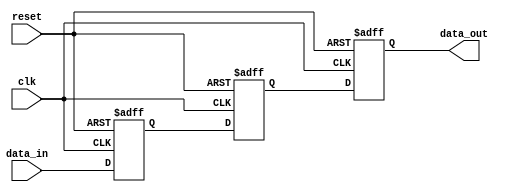
module three_flop_synchronizer (
    input wire clk,
    input wire reset,
    input wire data_in,
    output reg data_out
);

reg [2:0] ff1, ff2, ff3;

always @(posedge clk or posedge reset) begin
    if (reset) begin
        ff1 <= 1'b0;
        ff2 <= 1'b0;
        ff3 <= 1'b0;
    end else begin
        ff1 <= data_in;
        ff2 <= ff1;
        ff3 <= ff2;
    end
end

assign data_out = ff3;

endmodule